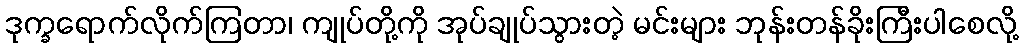
ဒုက္ခရောက်လိုက်ကြတာ၊ ကျုပ်တို့ကို အုပ်ချုပ်သွားတဲ့ မင်းများ ဘုန်းတန်ခိုးကြီးပါစေလို့